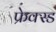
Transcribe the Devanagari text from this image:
फ्रेक्स्ड